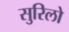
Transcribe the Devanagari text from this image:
सुरिलो